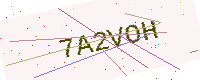
Text: 7A2VOH